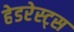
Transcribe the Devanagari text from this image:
हेडरेस्ट्स